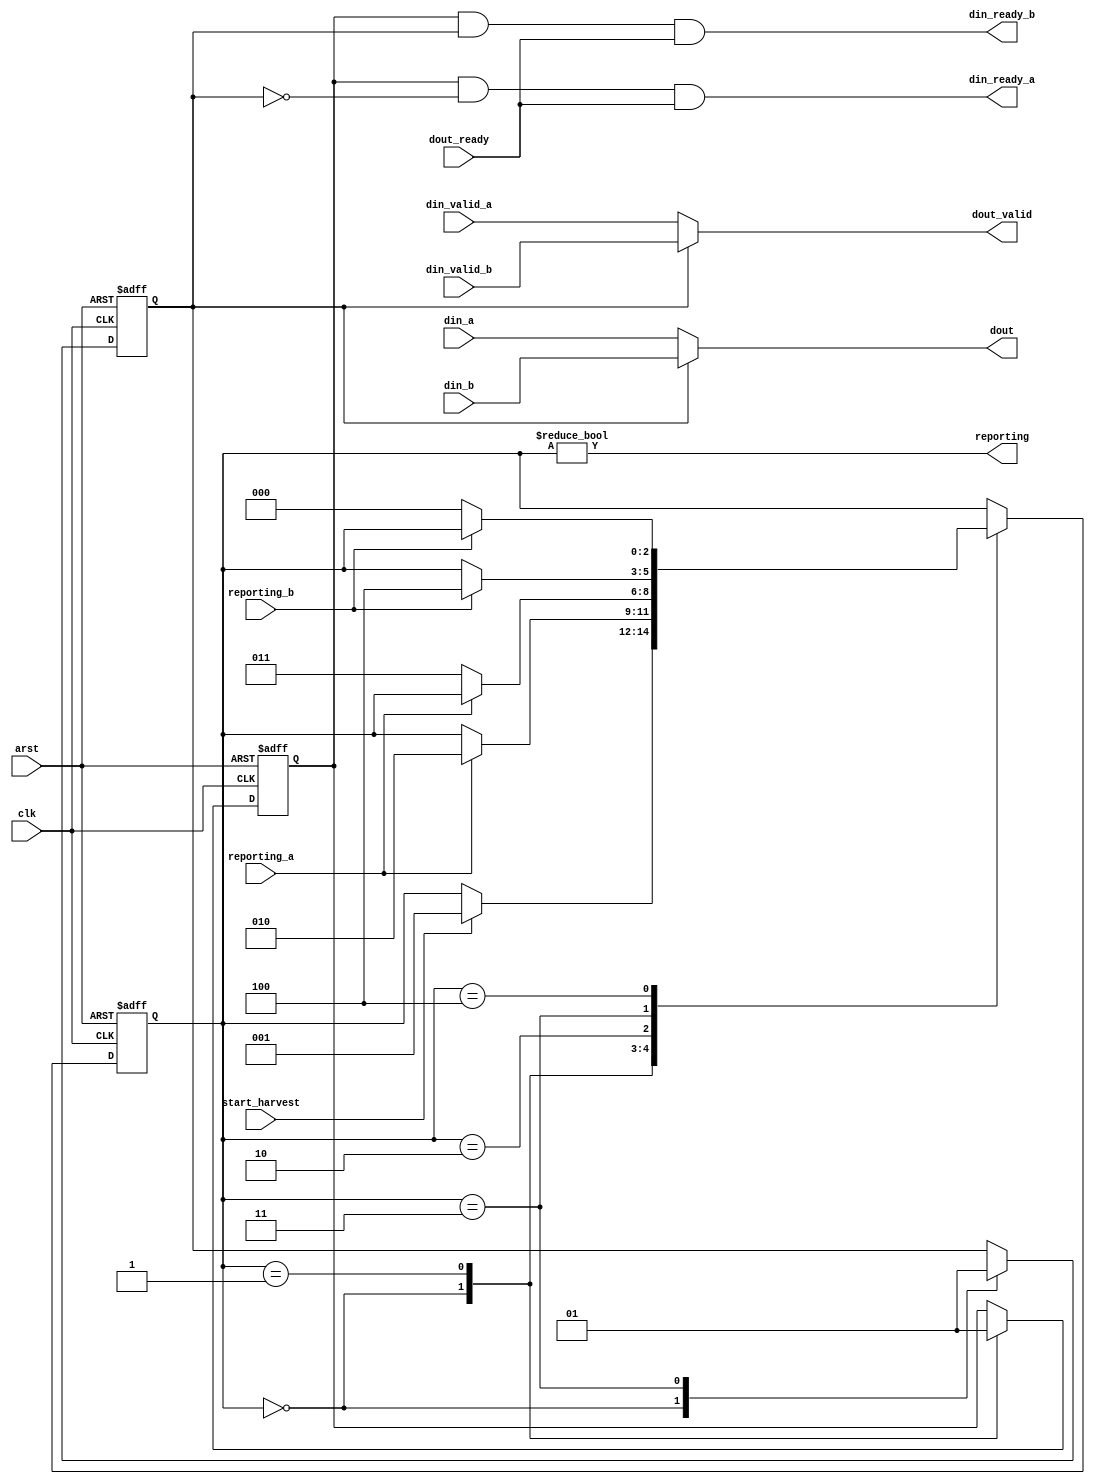
// Copyright 2009 Altera Corporation. All rights reserved.  
// Altera products are protected under numerous U.S. and foreign patents, 
// maskwork rights, copyrights and other intellectual property laws.  
//
// This reference design file, and your use thereof, is subject to and governed
// by the terms and conditions of the applicable Altera Reference Design 
// License Agreement (either as signed by you or found at www.altera.com).  By
// using this reference design file, you indicate your acceptance of such terms
// and conditions between you and Altera Corporation.  In the event that you do
// not agree with such terms and conditions, you may not use the reference 
// design file and please promptly destroy any copies you have made.
//
// This reference design file is being provided on an "as-is" basis and as an 
// accommodation and therefore all warranties, representations or guarantees of 
// any kind (whether express, implied or statutory) including, without 
// limitation, warranties of merchantability, non-infringement, or fitness for
// a particular purpose, are specifically disclaimed.  By making this reference
// design file available, Altera expressly does not recommend, suggest or 
// require that this reference design file be used in combination with any 
// other product not provided by Altera.
/////////////////////////////////////////////////////////////////////////////

module stream_mux #(
	parameter WIDTH = 8
)
(	
	input clk, arst,
	
	input [WIDTH-1:0] din_a,
	output din_ready_a,
	input din_valid_a,
	input reporting_a,

	input [WIDTH-1:0] din_b,
	output din_ready_b,
	input din_valid_b,
	input reporting_b,

	input start_harvest,
	output reporting,
	input dout_ready,
	output dout_valid,
	output [WIDTH-1:0] dout
);

reg chan_ena;
reg chan_sel;

////////////////////////////////////////////
// MUX A and B ports according to state
////////////////////////////////////////////

assign din_ready_a = chan_ena & !chan_sel & dout_ready;
assign din_ready_b = chan_ena & chan_sel & dout_ready;
assign dout_valid = (chan_sel ? din_valid_b : din_valid_a);
assign dout = (chan_sel ? din_b : din_a);

////////////////////////////////////////////
// to harvest
//   take report from A then B
//   wait for next harvest
////////////////////////////////////////////

reg [2:0] state /* synthesis preserve */;
localparam ST_IDLE = 0,
		ST_WAIT_A = 1,
		ST_WAIT_NOTA = 2,
		ST_WAIT_B = 3,
		ST_WAIT_NOTB = 4;

always @(posedge clk or posedge arst) begin
	if (arst) begin
		state <= ST_IDLE;
		chan_sel <= 0;
		chan_ena <= 0;
	end
	else begin
		case (state) 
			ST_IDLE : begin
					chan_sel <= 0;
					chan_ena <= 0;
					if (start_harvest) state <= ST_WAIT_A;					
				end
			ST_WAIT_A : begin
					chan_ena <= 1'b1;
					if (reporting_a) state <= ST_WAIT_NOTA;
				end
			ST_WAIT_NOTA : begin
					if (!reporting_a) state <= ST_WAIT_B;
				end
			ST_WAIT_B : begin
					chan_sel <= 1'b1;
					if (reporting_b) state <= ST_WAIT_NOTB;
				end
			ST_WAIT_NOTB : begin
					if (!reporting_b) state <= ST_IDLE;
				end
		endcase
	end			
end	

assign reporting = (state != ST_IDLE);

endmodule